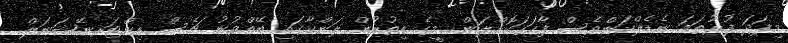
މިފަދަ ފުރުތަމަ ނެޑެލްކަންވެސް ފާހަގަކޮށްލަން. މީގެ އިތުރުން ލަންކާގައި ބޭއްވުނު ޗެސް އިންޓަރނޭޝަނަލް